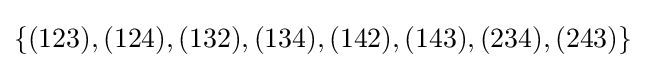
\{(123),(124),(132),(134),(142),(143),(234),(243)\}